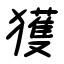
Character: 獲